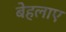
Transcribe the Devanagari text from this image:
बेहलाए